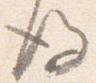
後